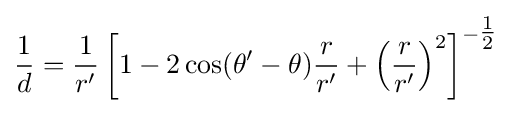
{\frac {1}{d}}={\frac {1}{r'}}\left[1-2\cos(\theta '-\theta ){\frac {r}{r'}}+\left({\frac {r}{r'}}\right)^{2}\right]^{-{\tfrac {1}{2}}}